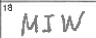
Transcription: MIW